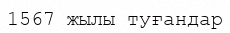
1567 жылы туғандар